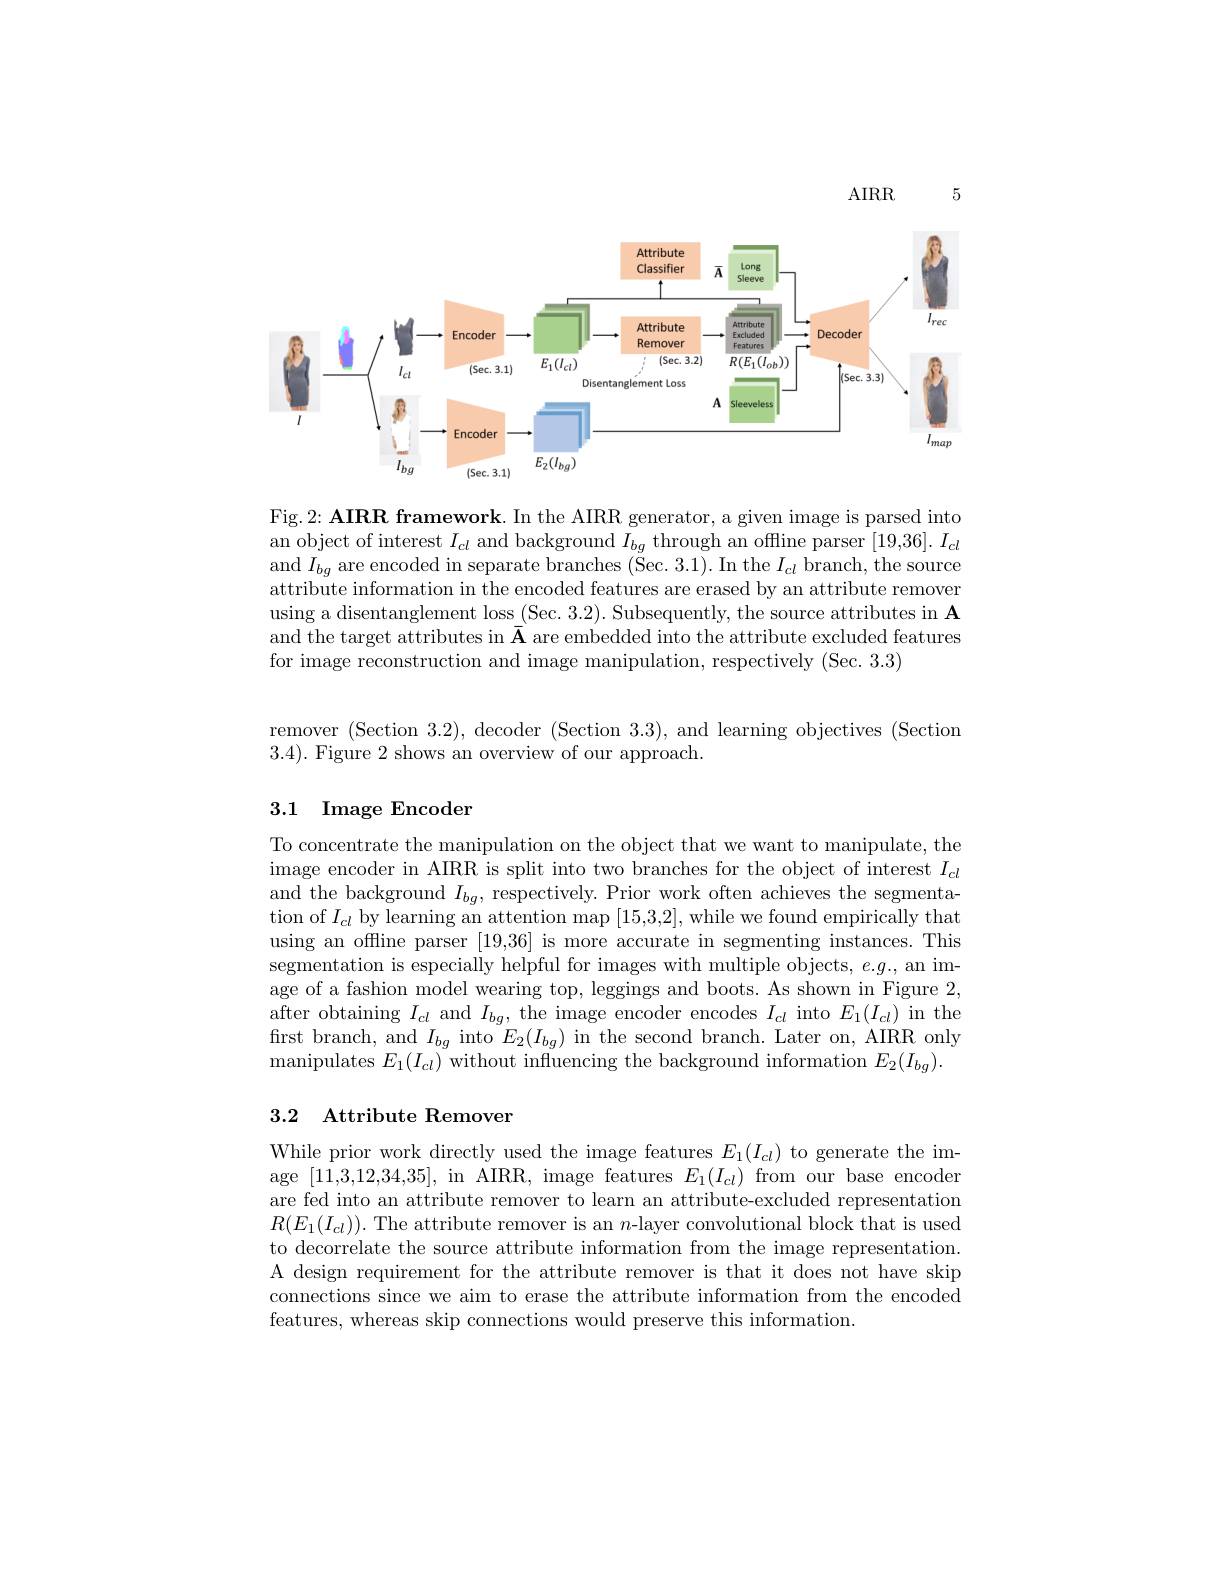
5

$AIRR$

<FigureHere>

Fig.2: AIRR framework. In the AIRR generator, a given image is parsed into an object of interest $I_{cl}$ and background $I_bg$ through an offline parser $[19,36].I_{cl}$ and $I_{bg}$ are encoded in separate branches (S$ec. 3. 1) .$ In the $I_cl$ branch, the source attribute information in the encoded features are erased by an attribute remover using a disentanglement loss (Sec. 3.2). Subsequently, the source attributes in A and the target attributes in $\bar{\mathbf{A}}$ are embedded into the attribute excluded features for image reconstruction and image manipulation, respectively (Sec. 3.3)

remover (Section 3.2), decoder (Section 3.3), and learning objectives (Section
3.4). Figure 2 shows an overview of our approach

## 3.1 Image Encoder

To concentrate the manipulation on the object that we want to manipulate, the image encoder in AIRR is split into two branches for the object of interest $I_cl$ and the background $I_bg$, respectively. Prior work often achieves the segmentation of $I_{cl}$ by learning an attention map [15,3,2],while we found empirically that using an offline parser [19,36] is more accurate in segmenting instances. This segmentation is especially helpful for images with multiple objects, $e.g.$, an image of a fashion model wearing top, leggings and boots. As shown in Figure 2, after obtaining $I_{cl}$ and $I_{bg}$, the image encoder encodes $I_{cl}$ into $E_1(I_{cl})$ in the frst branch, and $I_{bg}$ into $E_2(I_{bg})$ in the second branch. Later on, AIRR only manipulates $E_1(I_{cl})$ without influencing the background information $E_2(I_{bg}).$

## 3.2 Attribute Remover

While prior work directly used the image features $E_1(I_{cl})$ to generate the image [11,3,12,34,35], in AIRR, image features $E_1(I_{cl})$ from our base encoder are fed into an attribute remover to learn an attribute-excluded representation $R(E_{1}(I_{cl})).$ The attribute remover is an $n$-layer convolutional block that is used to decorrelate the source attribute information from the image representation. A design requirement for the attribute remover is that it does not have skip connections since we aim to erase the attribute information from the encoded features, whereas skip connections would preserve this information.